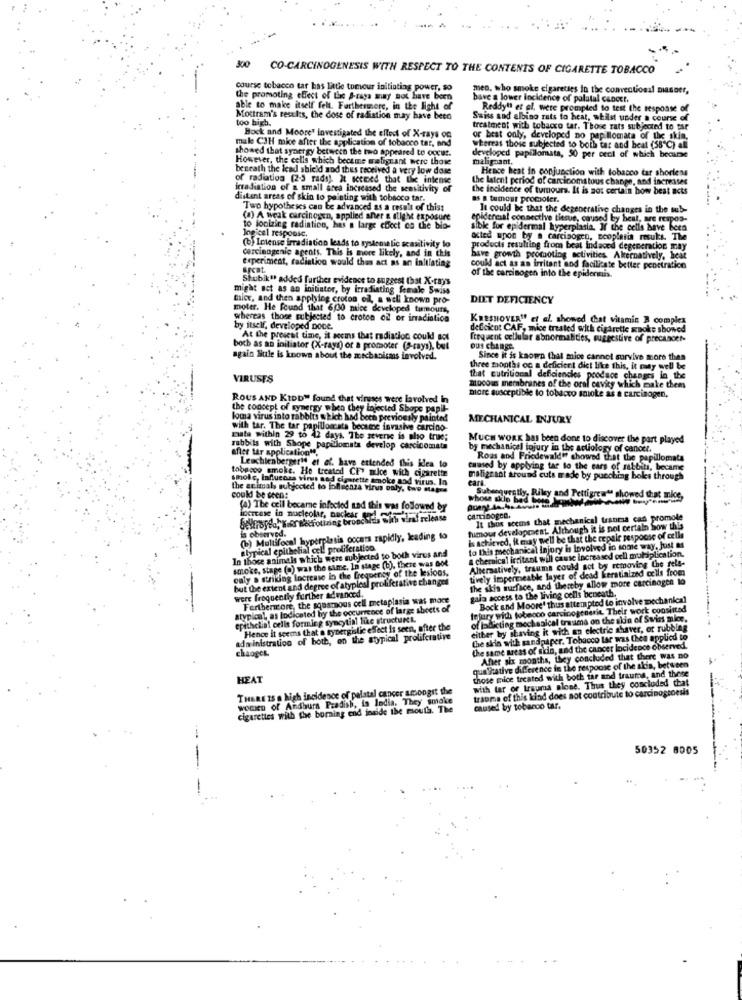
300
CO-CARCINOGENESIS WITH RESPECT TO THE CONTENTS OF CIGARETTE TOBACCO
course tobacco tar has little tomeur initiating power, so
men. who smoke cigareties in the conventional masser,
the promoting effect of the a-raga may not have been
bave a lower Incidence of palatal cancer.
able to make itself felt. Furthermore, in the light of
Reddy" et al, were prompted to test the response of
too high.
Mottram's results, the dose of radiation may have been
Swiss aid albino rats to heat, whilst under a course of
treatment with tobacco tar. Those rats subjected to tar
male C3H mice after the application of tobacco tar, and
Bock and Moore' investigated the effect of X-rays on
or brat only, developed no papillomata of the skin,
showed that synergy between the two appeared to occur.
whereas thois subjected to both tar and beat (58℃) all
However, the cells which became malignant were those
developed papillomata, 50 per crcl of which became
malignant.
beneath the lead shield and thus received a very low dose
Hence heat in conjunction with tobacco tar shorless
of radiation (2-5 rads). It seemed that the intense
the latent period of carcicomstous change, and increases
irradiation of a small area increased the sensitivity of
the incidence of tumours. It is not certain how beat acts
distant areas of skin to painting with tobacco tar.
as a tumour promoter.
Two hypotheses can be advanced as a result of thiss
It could be that the degenerative changes in the sub-
(a) A weak carcinogen, applied aner a slight exposure
epidermal connective tissue, caused by heat, are respos-
to jonizing radiation, has a large choct co the bio-
Ingicel responsc.
hyperplasia. If the cells have been
acted upon by . carcinogen, neoplasia resuks. The
(b) Intense irradiation leads to systematic scasitivity lo
carcinogenic agents. This is more likely, and in this
products resulting from beat Indaced degeneration may
Experiment, radiation would thes act as an initiating
have growth promoting activities. Alternatively, heat
could act as an irritant and facilitate better penetratice
of the carcinogen into the epidermis.
Shubik" addes further evidence to suggest (hst X-rays
might act as an initiator, by irradiating female Swiss
falce, and then applying croton of, a adli known pro-
DIET DEFICIENCY
moter. He Found that 6,30 mice developed tumours,
whereas those subjected to croton oil or irradiation
KRESHOVER" et al. showed Chat vitamin B complex
by itself, developed Dobe.
deficient CAF, mice treated with cigarette spoke showed
At the present time, it seems that radiation could sot
frequent cellular abnormalities, suggestive of precancer-
boch as an initiator (X-rays) or a promoter (S-rays), but
ous change.
again Bule is known about the mechanisms involved.
Since it is known that mice cannot survive more than
three months oc a deficient dict like this, it may well be
VIRUSES
that cutritional deficiencies produce changes in the
mucous membranes of the oral cavity which make them
ROUS AND KIDD" found that vinsses were lavolved in
more susceptible to tobacco sioke as a carcinogen,
the concept of synergy when they injected Shope papil-
loma virus into rabbits skich had bech previously painted
MECHANICAL INJURY
with tar. The tar papillograta became invasive carcino-
mats within 29 to 42 days. The severse is sho true;
MUCH WORK has been done to discover the part played
rabbits with Shope papillomata develop carcinomata
Mfler tar application".
by mechanical injury in the actiology of cancer.
Leschienberger's et af. have extended this idea to
Roas and Friedewald" showed that the papillomata
tobacco smoke. Ho treated CF" mice with cigarette
tamed by applying tar to the ears of rabbiti, became
hole, Influenza virus and cigarette smoke aod virus. In
malignant around cuts made by punching boles through
cark.
the animals subjected to jofluenza virus oaly, two magne
could be seen:
whos skip bed bo
Subsequently, Riley and Pettigrew" showed that mice,
(a) The cell becarne infected and this was followed by
Increase in nucleolar, Backar word
Sehrofen, Tror necrotizing bronchitis with viral release
It thus seems that mechanical tranma cad promote
is observed.
tumour development. Although it is not certain how this
(b) Multifocal hyperplasia oocars rapidly, kading to
"d. it may well be that the repair response
In those animals which were subjected to both virus and
atypical epithelial cell proliferation.
a chemical irritant will cause increased oeli muliplication.
to this mechanical Injory is Involved in some way, Just as
smoke, stage (o) was the same. In stage (b). there was Got
Alternatively, trauma could sot by removing the fels-
caly a striking Increase in the frequency of the lesions.
tively Impermeabk layer of dead Kerstinized cells from
but the extent and degree of atypical proliferative changes
the skin surface, and thereby allow more carcinogen to
were frequently further advanced.
gain access to the living cells beneath.
Furthermore, the squamous cell metaplasia was mace
Bock and Moore' thus attempted to involve mechanical
atypical, as Indicated by the occurrence of large sheets of
Injury with tobecco carcinogeneric. Their work conslitad
epithelial cells forming syncytial like structuret.
of jabicting mechanical trauma on the sin of Swiss mice.
Hence it seems that o typergistic effect is seen, after the
either by shaving it with an electric shaver, or rubbing
administration of both, on the atypical proliferative
the skin with sandpaper. Tobacco tar was thea applied to
changes.
the same areas of skin, and the cancer Incidence observed.
After six months, they concluded that there was no
those mice treated with both tar and trauma, and these
qualitative difference to the response of the skis, between
HEAT
with tar or trauma alone. Thus they concluded that
THERE IS a high incidence of palatal cancer smoogit the
trauma of this kind does not contribute to carcinostoesis
wowIED of Andburs Pradish, La India. They smoke
cigarettes with the borning end inside the mouth. The
caused by tobanco tar.
50352 8005